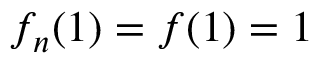
f _ { n } ( 1 ) = f ( 1 ) = 1